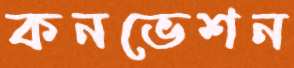
কনভেশন